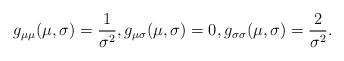
LaTeX: \begin{align*}g_{\mu\mu}(\mu,\sigma) = \frac{1}{\sigma^2}, g_{\mu\sigma}(\mu,\sigma) = 0, g_{\sigma\sigma}(\mu,\sigma) = \frac{2}{\sigma^2}.\end{align*}